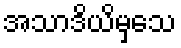
အသာဒိယိမှသေ